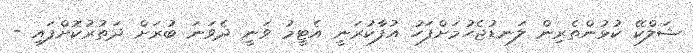
ޝަލްކޭ ކުޅުންތެރިން ލަނޑުޖެހުމަށްފަހު އުފާކުރަނީ އެޓީމު ވަނީ ދެވަނަ ބުރަށް ދަތުރުކޮށްފައި -